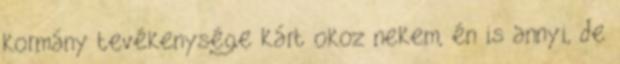
kormány tevékenysége kárt okoz nekem, én is annyi, de